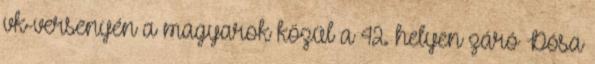
vk-versenyén a magyarok közül a 42. helyen záró Dósa